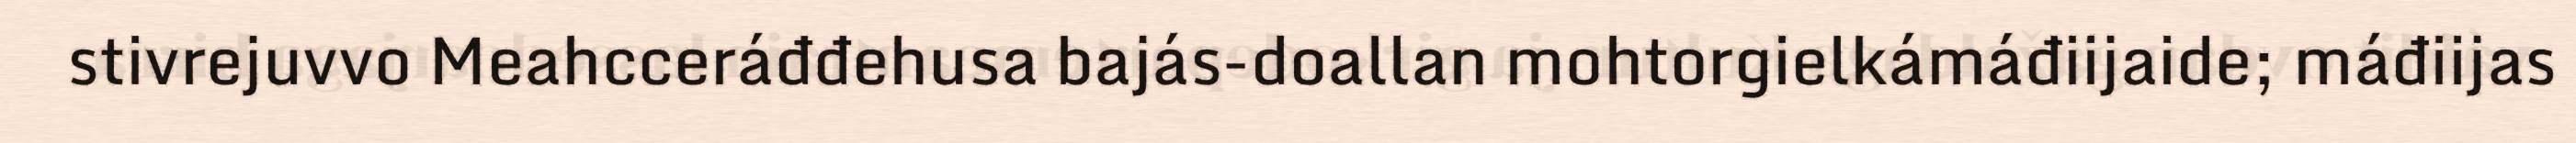
stivrejuvvo Meahcceráđđehusa bajás-doallan mohtorgielkámáđiijaide; máđiijas